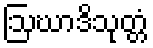
ဩဃာဒိသုတ္တံ